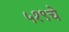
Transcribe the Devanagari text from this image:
५१९चे